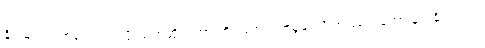
ခိုင်မြဲက တစ်ခါတလေ ဖိုးသက်ဆိုက်ကားကို တက်တက်ခွဖူးလို့ အဖြစ်ကတော့ နင်းနိုင်တယ်။